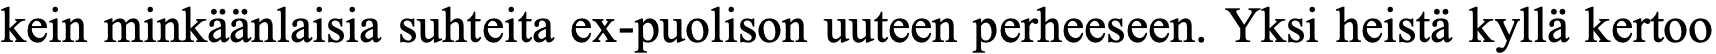
kein minkäänlaisia suhteita ex-puolison uuteen perheeseen. Yksi heistä kyllä kertoo